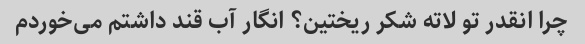
چرا انقدر تو لاته شکر ریختین؟ انگار آب قند داشتم می‌خوردم